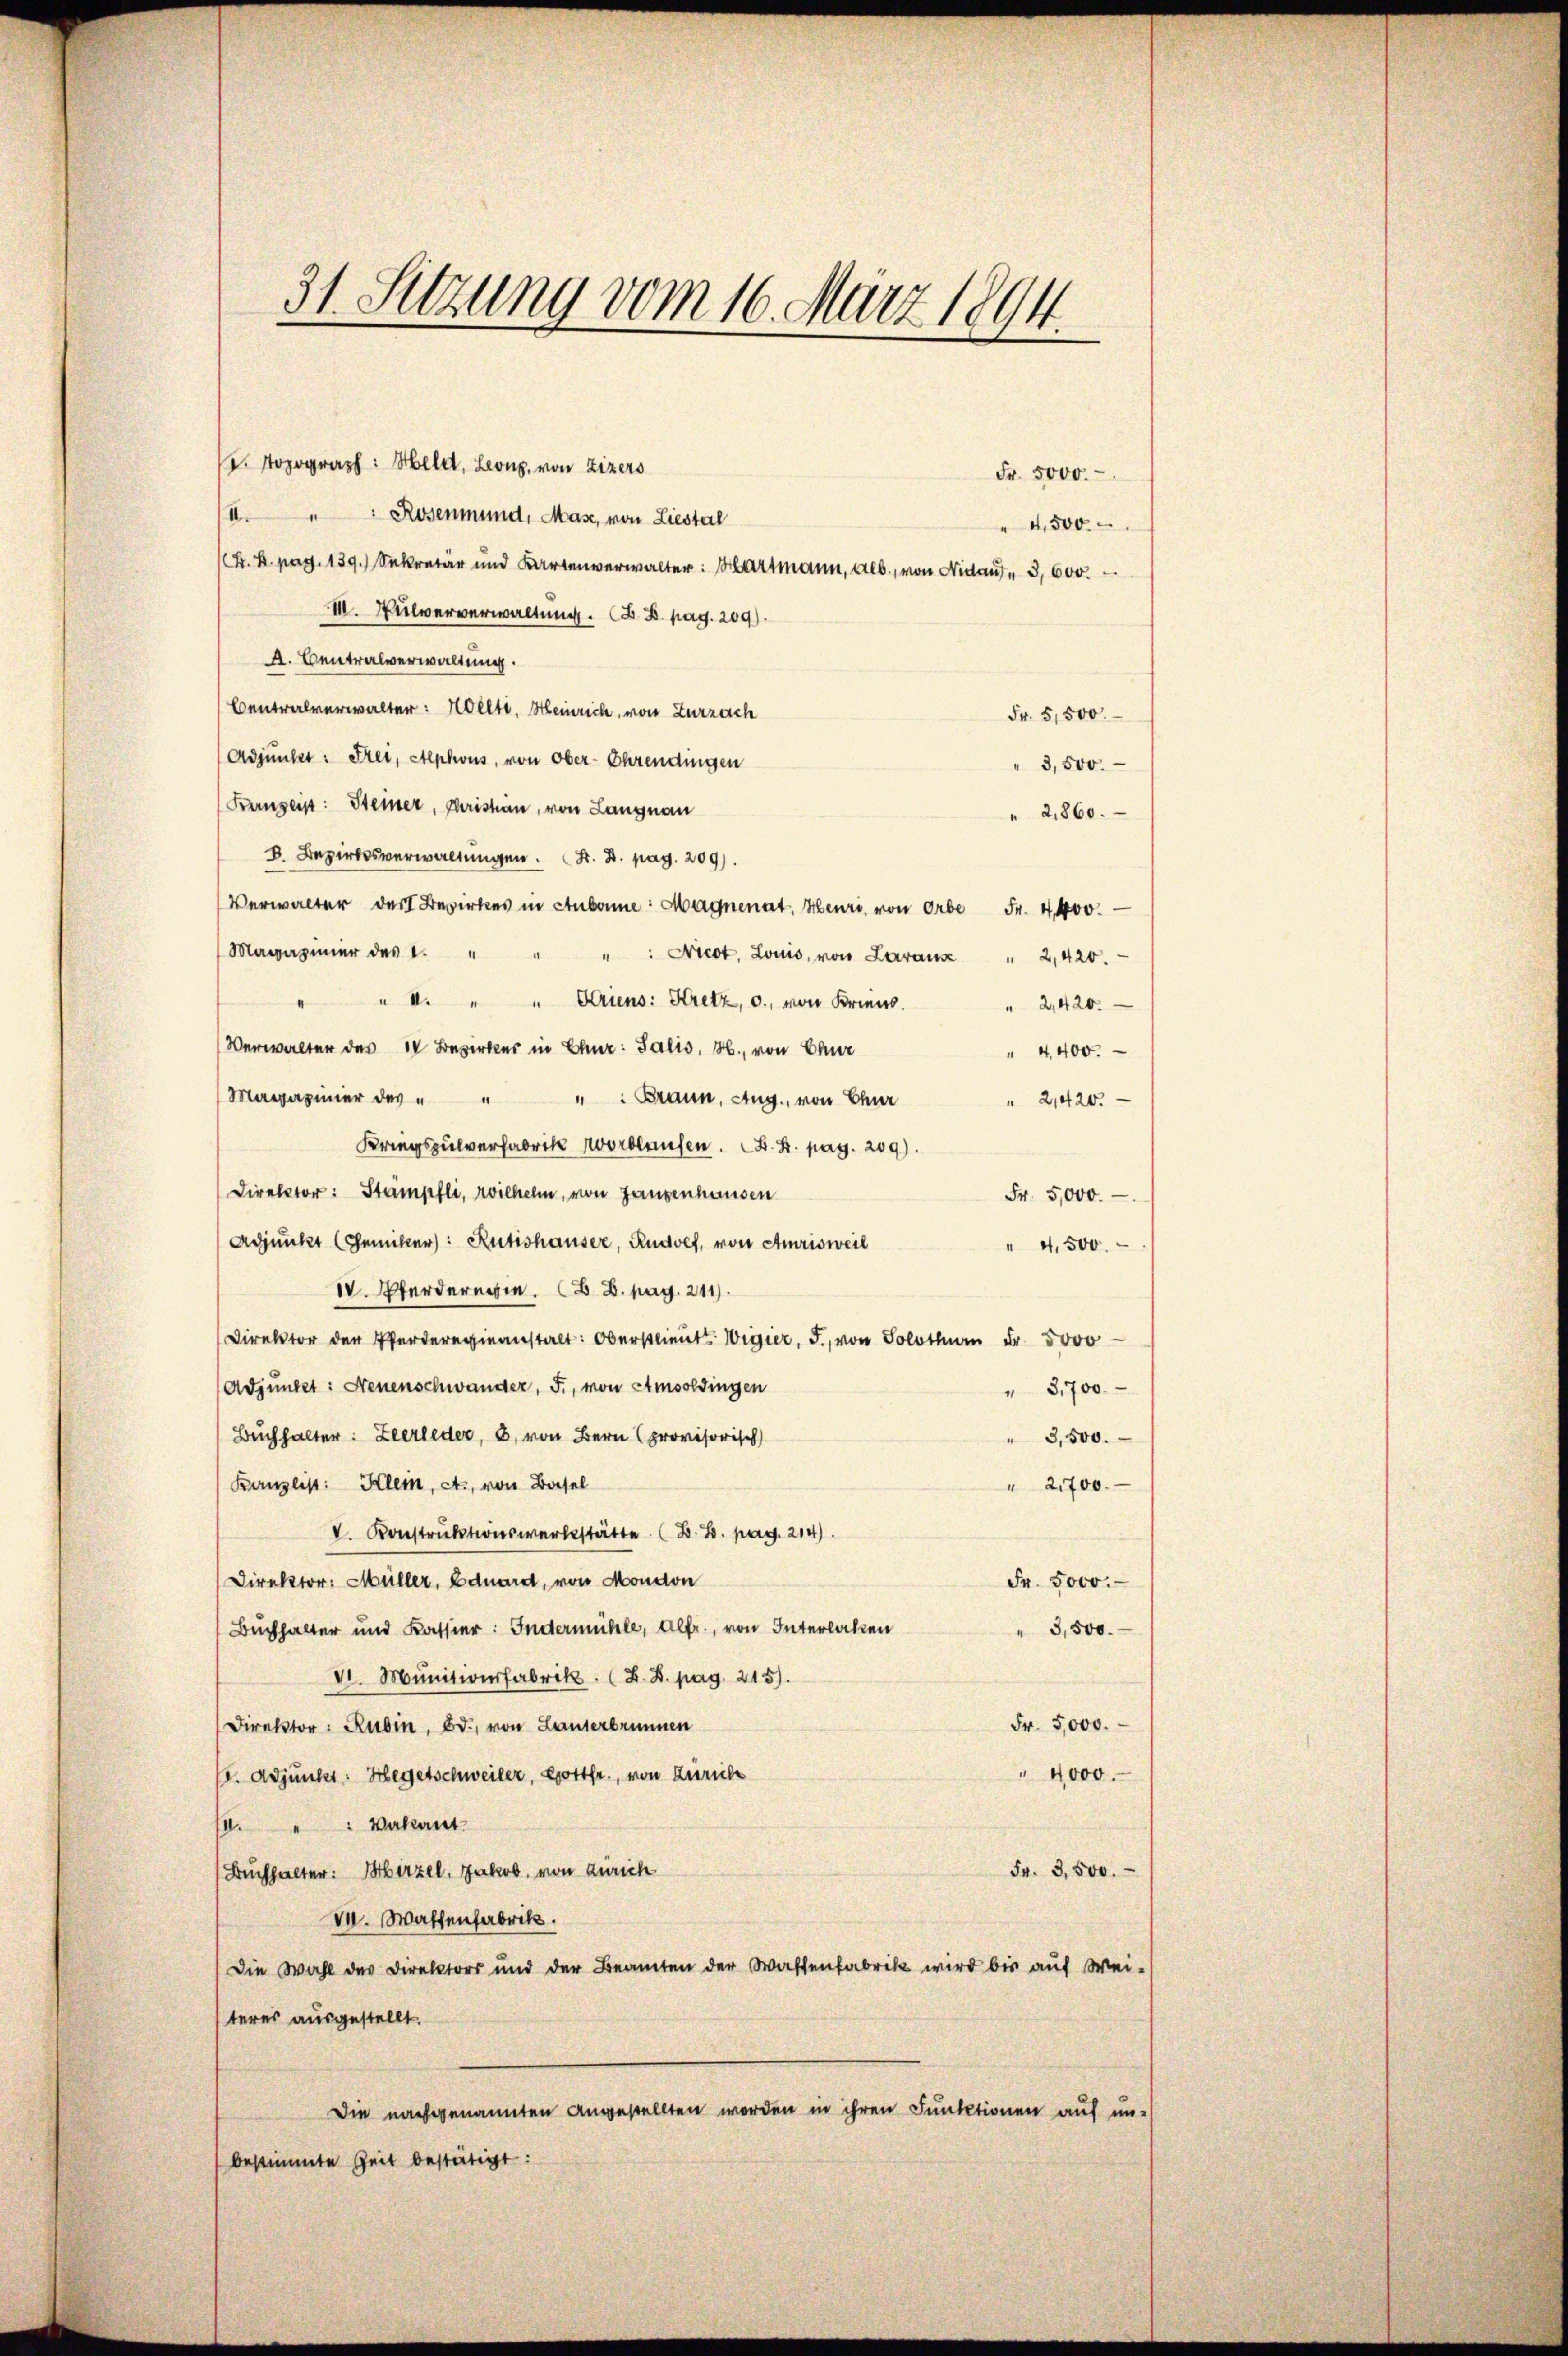
31. Sitzung vom 16. März 1894.

Fr. 5000.
I. " Rosenmund, Mase, von Liestal
4,500
K. K. pag. 139. Sekretär und Kartenverwalter: Hartmann, Alb., von Nidau, 3, 600.
III. Pulververwaltung. A. B. pag. 209).
A. Centralverwaltung.
Centralverwalter: Kelte, Heinrich, von Zurzach
Fr. 5,500.
Adjunkt: Frei, Alphous, von Ober-Ehrendingen
" 3,500.
Bengeist: Steiner, Juristian, von Langnau
2,860.
D. Bezirksverwaltungen. F. B. pag. 209).
Verwalter der Bezirkes in Anbanne: Magnenat, Henri von erbe Fr. 4400.—
Magaziner des I. " " " " Nicot, Louis, von Zaraŭs " 2,420.
" I. " " Griens: Kretz, c. von Krien.
2,420.
(Verwalter des 18 Bezirkes in Chur: Salis, H., von Chur
" 4400.
Magaziner der " " " " Braun, Aug., von Chur
2,420.
Kriegspulverfabrik Wortlaufen. F. St. pag. 209).
Direktor: Stampfli, Wilhelm, von Ganzenhausen
Fr. 5,000.
Adjunkt (Gemiker: Rütishauser, Rudolf, von Amrisweil
4. 500.
IV. Pferdergi. B. pag. 211.
Direktor der Pferdereinanstalt: Oberstlieut. Wigier, J., von Solothurn Fr. 5000
Adjunget: Neuenschwänger, F., von Amsoldingen
" 3,700
Buchhalter: Zeerleder, 8, von Bern provisorisch
3,500.
Kanzlist: Klein, et, von Basel
" 2700.
V. Konstruktionswerkstätte. (B. B. pag. 214).
Direktor. Müller, Eduardt, von Moudon
Fr. 5000.
Buchhalter und Kassier: Indermühle, Alfr., von Interlaken
" 3,500.
VI. Munitionsfabrik. (Z. B. pag. 215).
Fr. 5,000.
Direktor: Rubin, Bd., von Lauterbrunnen
4,000.
V. Adjunker: Hegetschweiler, Gottfr., von Zürich
sa. " " Vakant.
(Buchhalter: Herzel, Jakob, von Zürich
Fr. 3,500.
V. Waffenfabrik.
Die Wahl des Direktors und der Beamten der Waffenfabrik wird bis auf Wei-
teres ausgestellt.
Die nachgenannten angestellten worden in ihren Funktionen auf un-
bestimmte Zeit bestätigt:

. Topograph: Held, Leonz, von Zizers